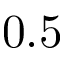
0 . 5